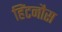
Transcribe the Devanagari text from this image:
हिंटनौस